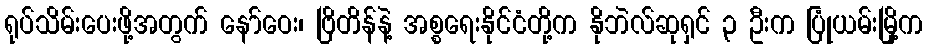
ရုပ်သိမ်းပေးဖို့အတွက် နော်ဝေး၊ ဗြိတိန်နဲ့ အစ္စရေးနိုင်ငံတို့က နိုဘဲလ်ဆုရှင် ၃ ဦးက ပြုံယမ်းမြို့က